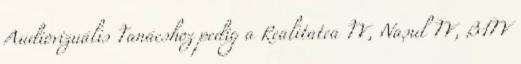
Audiovizuális Tanácshoz pedig a Realitatea TV, Nașul TV, B1TV